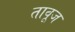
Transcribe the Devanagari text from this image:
तावूज